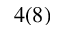
4 ( 8 )